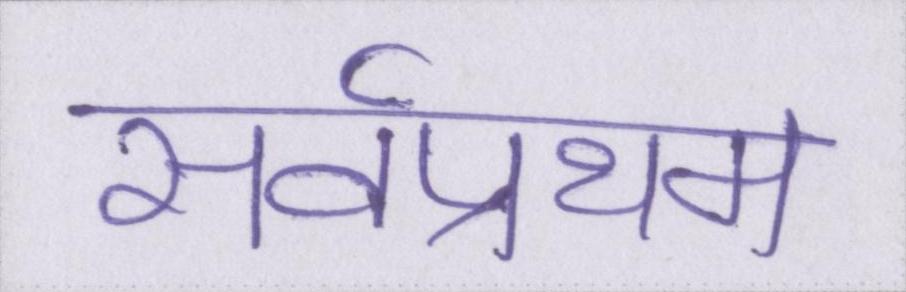
सर्वप्रथम